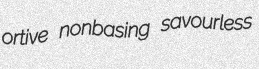
ortive nonbasing savourless